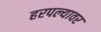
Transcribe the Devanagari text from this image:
हरपल्यावर